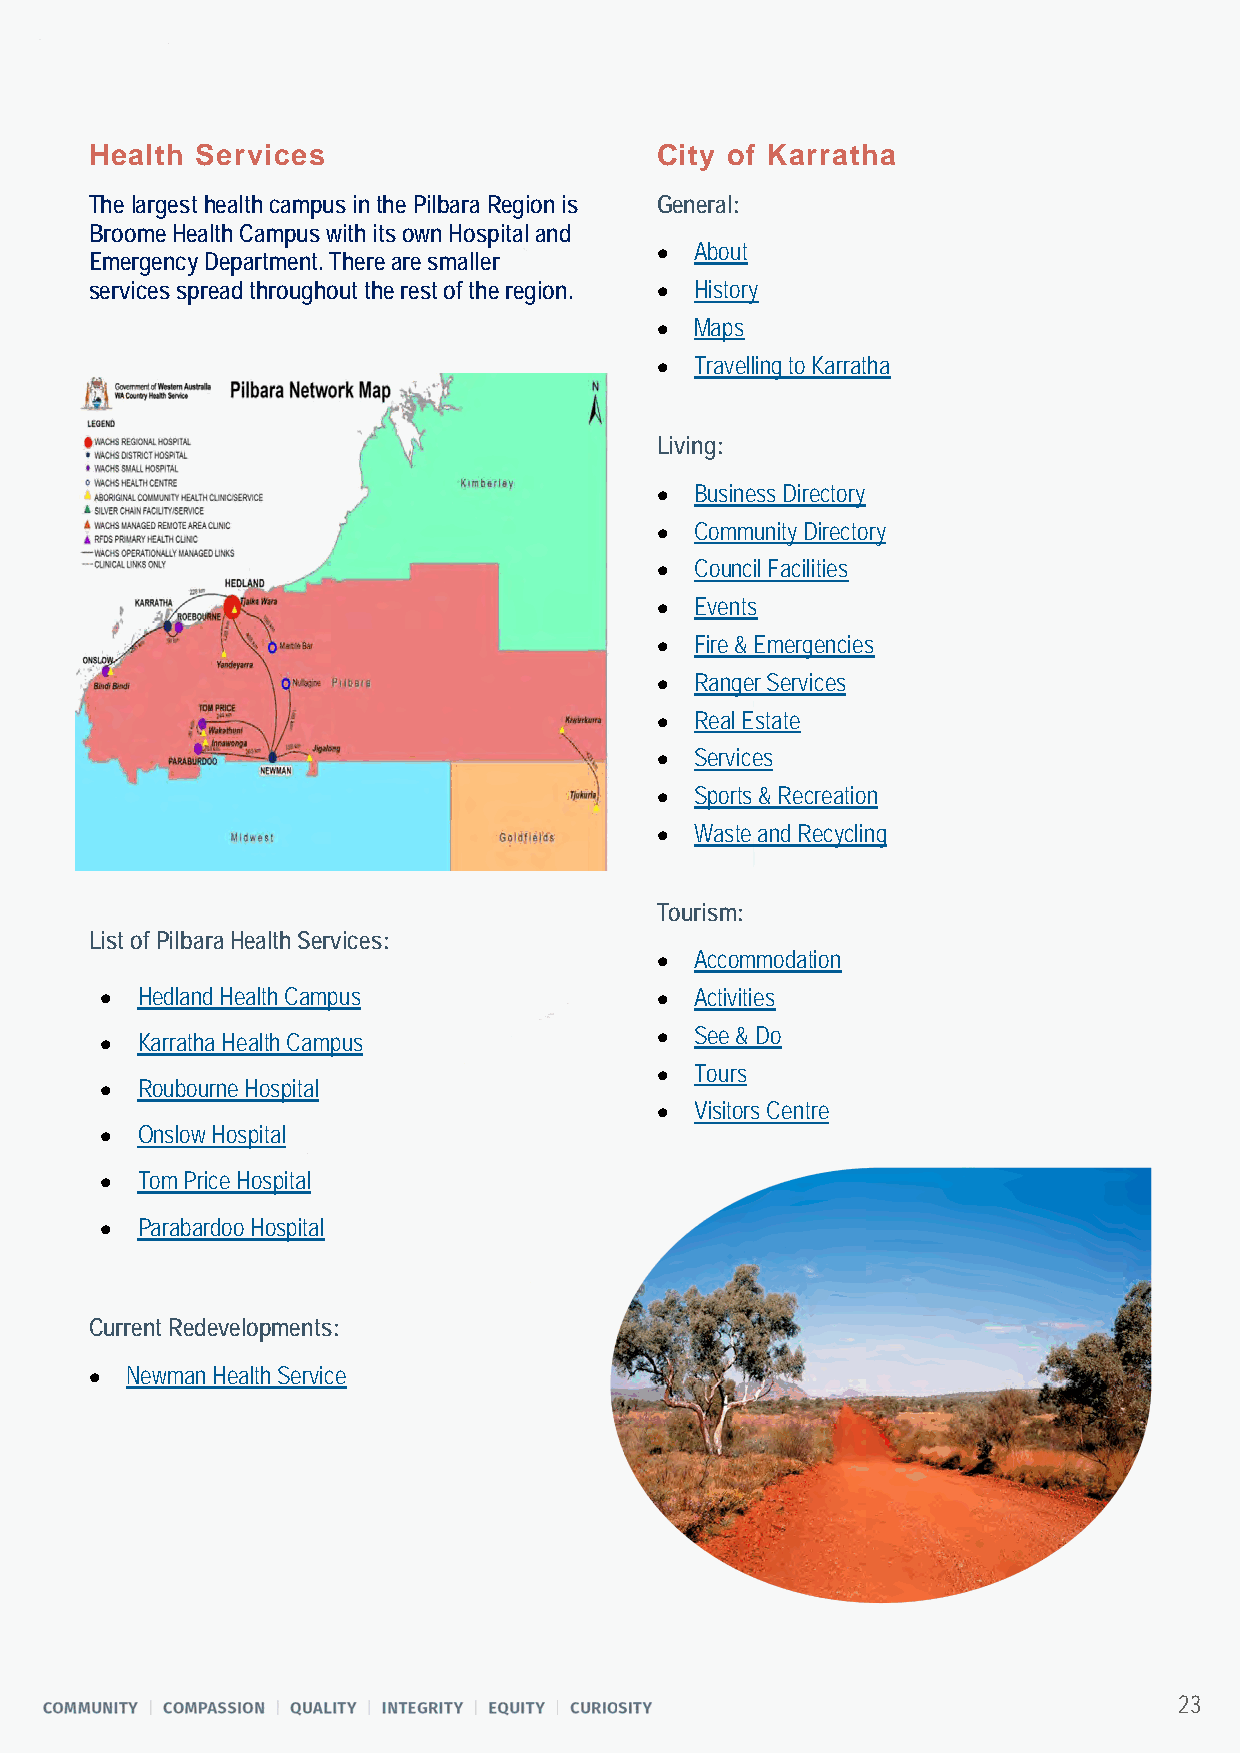
Health Services                      City of Karratha
 The largest health campus in the Pilbara Region is General:
 Broome Health Campus with its own Hospital and
 •  About
 Emergency Department. There are smaller
 services spread throughout the rest of the region. • History
 •  Maps
 •  Travelling to Karratha
 Living:
 •  Business Directory
 •  Community Directory
 •  Council Facilities
 •  Events
 •  Fire & Emergencies
 •  Ranger Services
 •  Real Estate
 •  Services
 •  Sports & Recreation
 •  Waste and Recycling
 Tourism:
 List of Pilbara Health Services:
 •  Accommodation
 • Hedland Health Campus             •  Activities
 • Karratha Health Campus
 •  See & Do
 •  Tours
 • Roubourne Hospital
 •  Visitors Centre
 • Onslow Hospital
 • Tom Price Hospital
 • Parabardoo Hospital
 Current Redevelopments:
 • Newman Health Service
 23